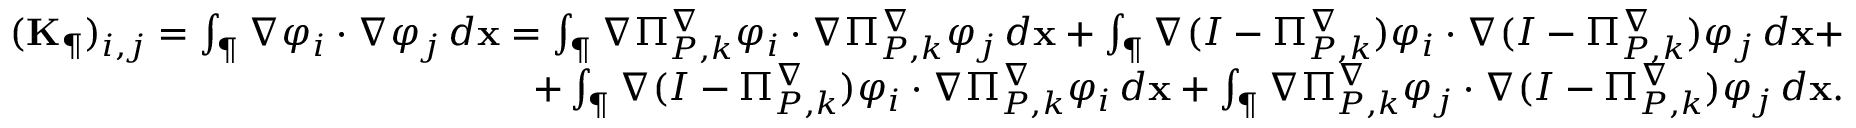
\begin{array} { r } { ( \mathbf { K } _ { \P } ) _ { i , j } = \int _ { \P } \nabla \varphi _ { i } \cdot \nabla \varphi _ { j } \, d \mathbf { x } = \int _ { \P } \nabla \Pi _ { { P } , k } ^ { \nabla } \varphi _ { i } \cdot \nabla \Pi _ { { P } , k } ^ { \nabla } \varphi _ { j } \, d \mathbf { x } + \int _ { \P } \nabla ( I - \Pi _ { { P } , k } ^ { \nabla } ) \varphi _ { i } \cdot \nabla ( I - \Pi _ { { P } , k } ^ { \nabla } ) \varphi _ { j } \, d \mathbf { x } + } \\ { + \int _ { \P } \nabla ( I - \Pi _ { { P } , k } ^ { \nabla } ) \varphi _ { i } \cdot \nabla \Pi _ { { P } , k } ^ { \nabla } \varphi _ { i } \, d \mathbf { x } + \int _ { \P } \nabla \Pi _ { { P } , k } ^ { \nabla } \varphi _ { j } \cdot \nabla ( I - \Pi _ { { P } , k } ^ { \nabla } ) \varphi _ { j } \, d \mathbf { x } . } \end{array}